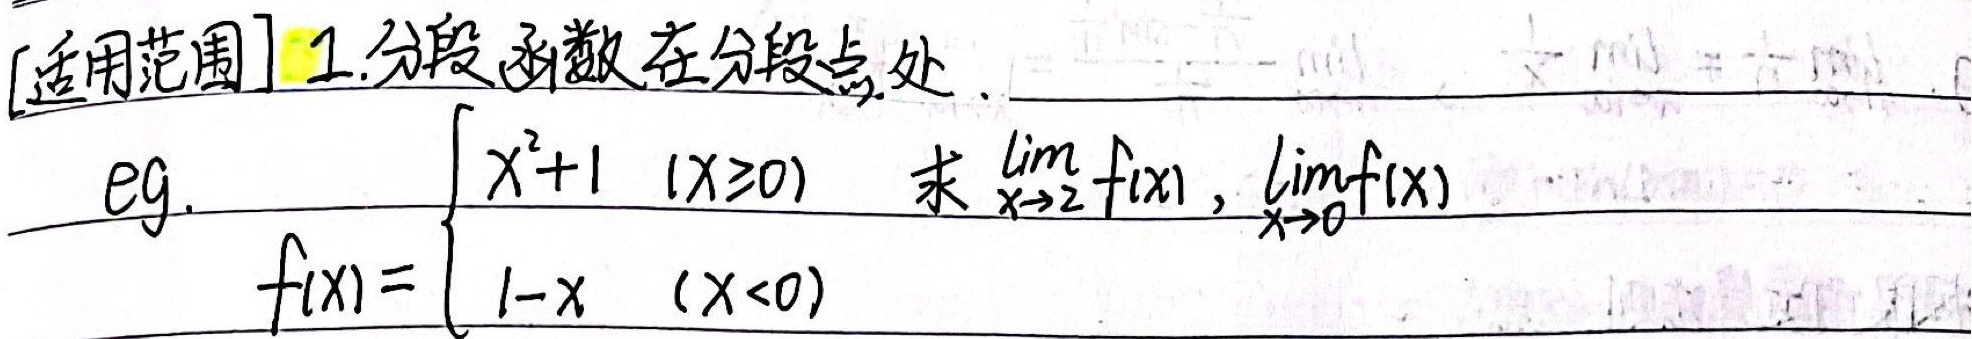
[适用范围] 1.分段函数在分段点处.
eg.
\[f(x)=\begin{cases}
x^{2}+1 &(x\geq0)\\
1 - x &(x<0)
\end{cases}\]
求$\lim_{x \to 2} f(x)$，$\lim_{x \to 0} f(x)$